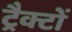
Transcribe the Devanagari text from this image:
ट्रैक्टों